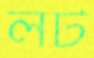
লট